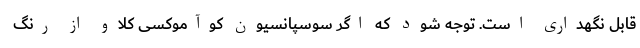
قابل نگهداری است. توجه شود که اگر سوسپانسیون کوآموکسی کلاو از رنگ